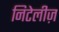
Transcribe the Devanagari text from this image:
निटेलीज़